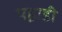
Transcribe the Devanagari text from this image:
पह़ाडी